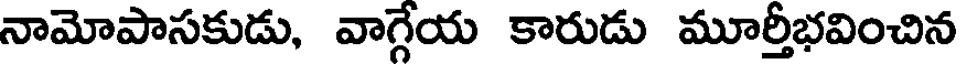
నామోపాసకుడు, వాగ్గేయ కారుడు మూర్తీభవించిన